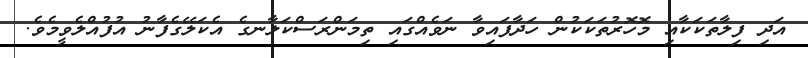
އަދި ފިލާތަކަކާއި މޮހޮރުތަކަކުން ހަދާފައިވާ ނަވެއްގައި ތިމަންރަސްކަލާނގެ އެކަލޭގެފާނު އުފުއްލެވީމެވެ.